Civil Veterinary Department Bengal reports 1923-33 - 1923-1933
Year: 1923
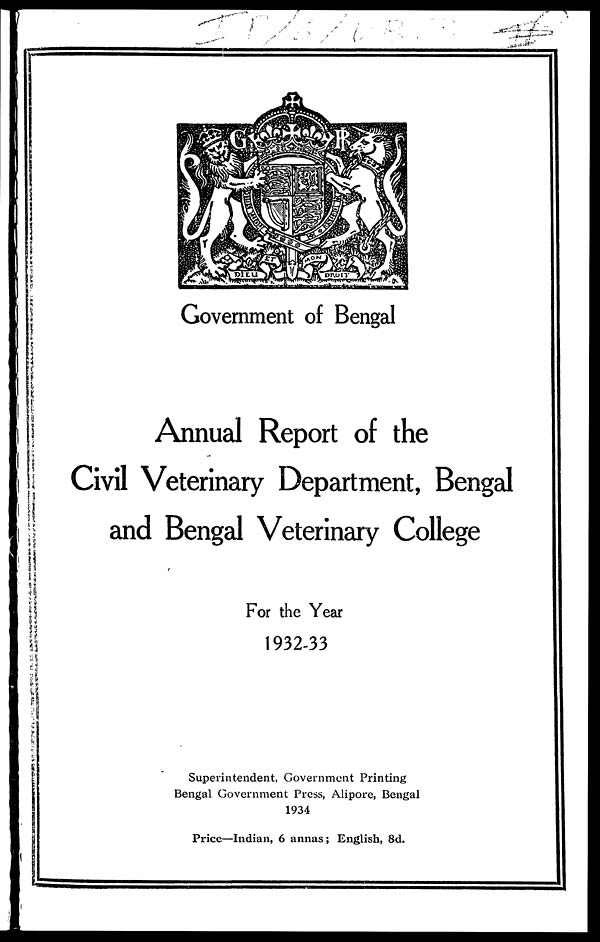
Government of Bengal
Annual Report of the
Civil Veterinary Department, Bengal
and Bengal Veterinary College
For the Year
1932-33
Superintendent, Government Printing
Bengal Government Press, Alipore, Bengal
1934
Price—Indian, 6 annas; English, 8d.